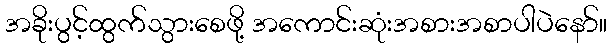
အခိုးပွင့်ထွက်သွားစေဖို့ အကောင်းဆုံးအစားအစာပါပဲနော်။